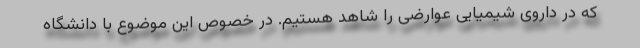
که در داروی شیمیایی عوارضی را شاهد هستیم. در خصوص این موضوع با دانشگاه